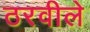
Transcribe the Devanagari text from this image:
ठरवीले